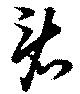
看